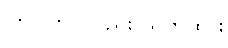
ကြပ်ကြပ်လည်း သတိထား